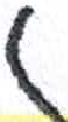
אות: ח